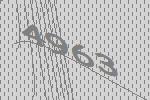
4963